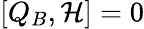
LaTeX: [Q_{B},{\mathcal{H}}]=0